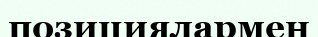
позициялармен